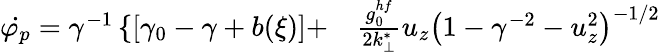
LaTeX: \begin{array}{rl}{\dot{\varphi_{p}}=\gamma^{-1}\left\{ \left[\gamma_{0}-\gamma+b(\xi)\right]+\right.}&{{}\frac{g_{0}^{hf}}{2k_{\perp}^{*}}u_{z}\left(1-\gamma^{-2}-u_{z}^{2}\right)^{-1/2}}\end{array}